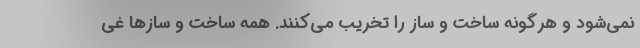
نمی‌شود و هرگونه ساخت و ساز را تخریب می‌کنند. همه ساخت و سازها غی